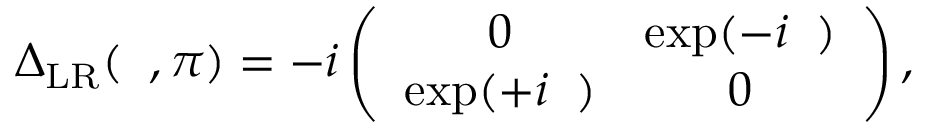
\begin{array} { r } { { \Delta } _ { \mathrm { L R } } ( { \it \Delta \phi } , \pi ) = - i \left( \begin{array} { c c } { 0 } & { \exp ( - i { \it \Delta \phi } ) } \\ { \exp ( + i { \it \Delta \phi } ) } & { 0 } \end{array} \right) , } \end{array}